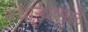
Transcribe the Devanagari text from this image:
बंधाऱ्यामुळे